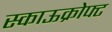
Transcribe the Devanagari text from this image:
स्काऊक्रोफ्ट